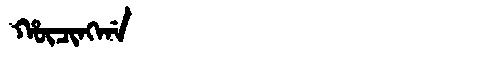
Manchu: ᡥᡡᠴᡳᠩᡤᠠ
Romanization: HŪCINGGA